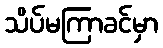
သိပ်မကြာခင်မှာ